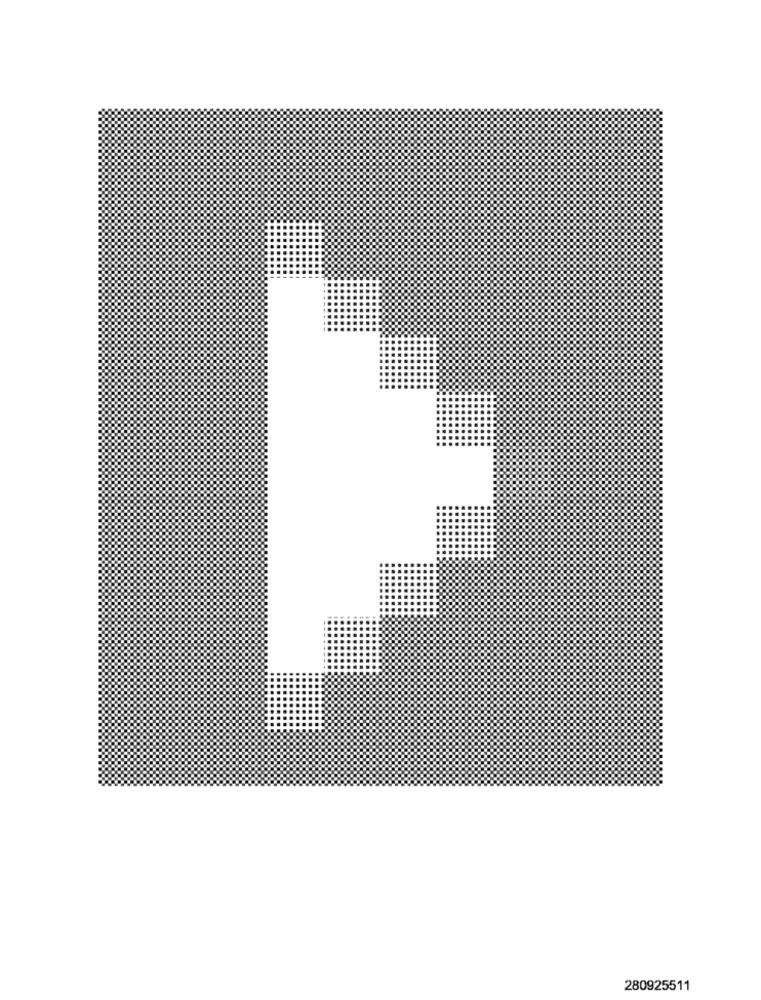
280925511